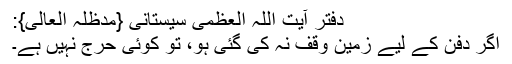
دفتر آیت اللہ العظمیٰ سیستانی {مدظلہ العالی}:
اگر دفن کے لیے زمین وقف نہ کی گئی ہو، تو کوئی حرج نہیں ہے۔